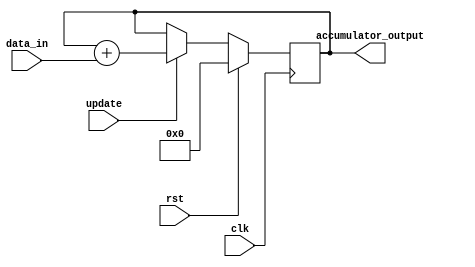
module accumulator (
    input wire clk,
    input wire rst,
    input wire [7:0] data_in,
    input wire update,
    output reg [15:0] accumulator_output
);

reg [15:0] accumulator;

always @(posedge clk) begin
    if (rst) begin
        accumulator <= 16'b0;
    end else if (update) begin
        accumulator <= accumulator + data_in;
    end
end

assign accumulator_output = accumulator;

endmodule